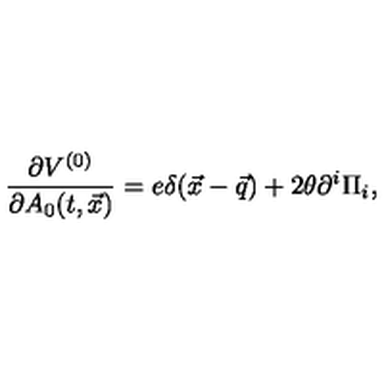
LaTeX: { \frac { \partial V ^ { ( 0 ) } } { \partial A _ { 0 } ( t , \vec { x } ) } } = e \delta ( \vec { x } - \vec { q } ) + 2 \theta \partial ^ { i } \Pi _ { i } ,